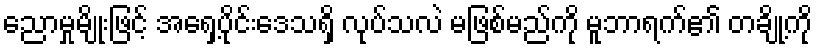
ညောမှုမျိုးဖြင့် အရှေ့ပိုင်းဒေသရှိ လုပ်သလဲ မဖြစ်မည်ကို မူဘာရက်၏ တချို့ကို